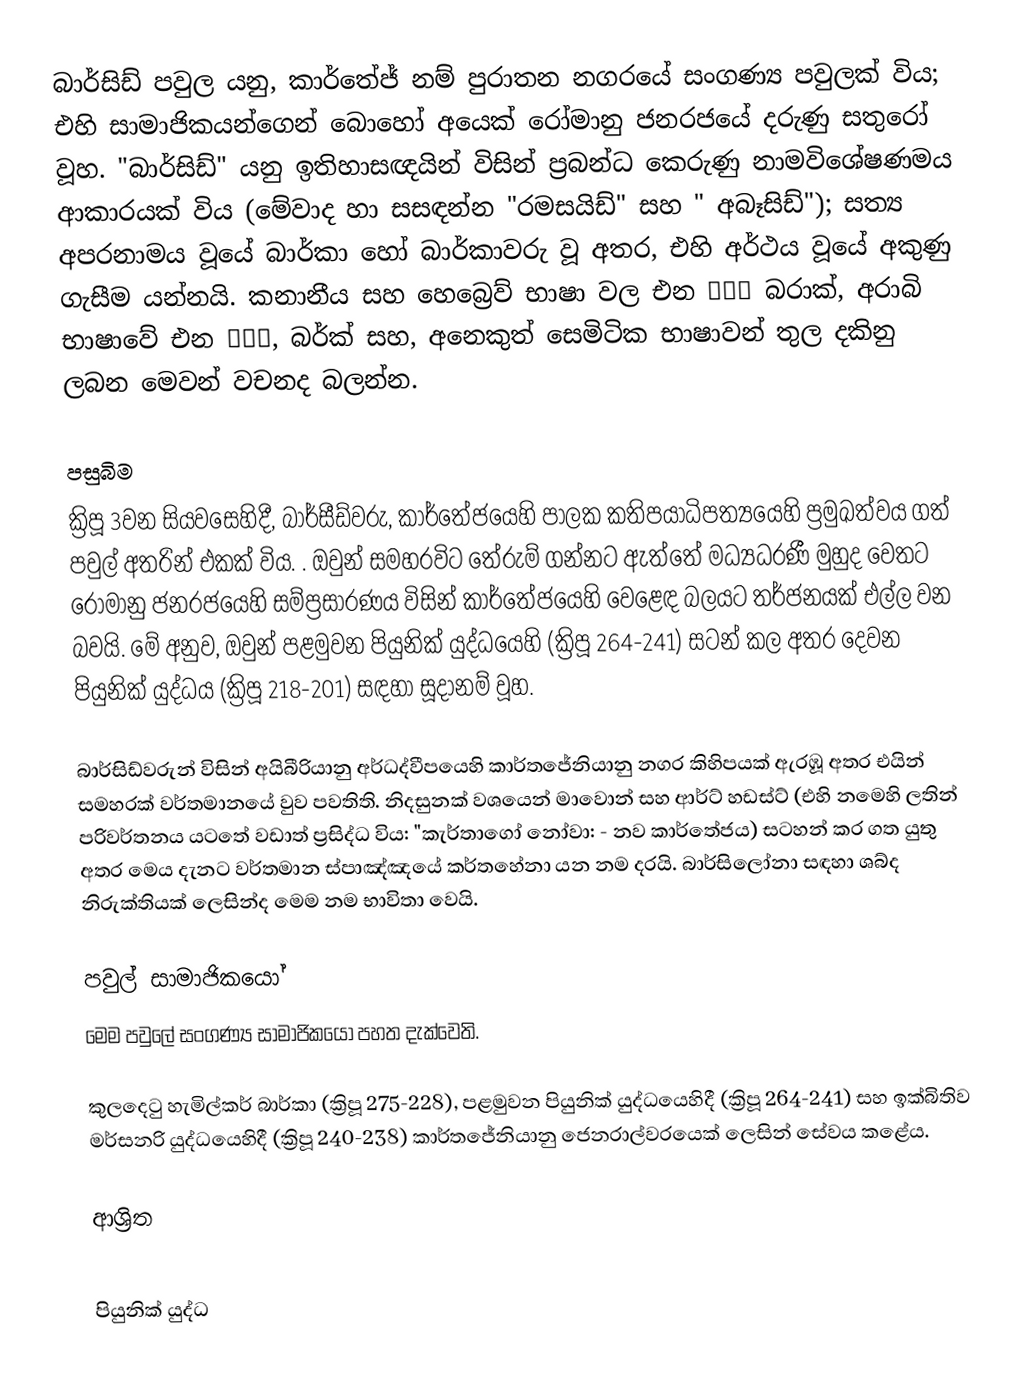
බාර්සිඩ් පවුල යනු, කාර්තේජ් නම් පුරාතන නගරයේ සංගණ්‍ය පවුලක් විය; එහි සාමාජිකයන්ගෙන් බොහෝ අයෙක් රෝමානු ජනරජයේ දරුණු සතුරෝ වූහ. "බාර්සිඩ්" යනු ඉතිහාසඥයින් විසින් ප්‍රබන්ධ කෙරුණු නාමවිශේෂණමය ආකාරයක් විය (මේවාද හා සසඳන්න "රමසයිඩ්" සහ " අබෑසිඩ්"); සත්‍ය  අපරනාමය වූයේ බාර්කා හෝ බාර්කාවරු වූ අතර, එහි අර්ථය වූයේ අකුණු ගැසීම යන්නයි. කනානීය සහ  හෙබ්‍රෙව් භාෂා වල එන ברק  බරාක්, අරාබි භාෂාවේ එන برق, බර්ක් සහ, අනෙකුත් සෙමිටික භාෂාවන් තුල දකිනු ලබන මෙවන් වචනද බලන්න.

පසුබිම
ක්‍රිපූ 3වන සියවසෙහිදී, බාර්සීඩ්වරු, කාර්තේජයෙහි පාලක  කතිපයාධිපත්‍යයෙහි ප්‍රමුඛත්වය ගත් පවුල් අතරින් එකක් විය. . ඔවුන් සමහරවිට තේරුම් ගන්නට ඇත්තේ  මධ්‍යධරණී මුහුද වෙතට රෝමානු ජනරජයෙහි සම්ප්‍රසාරණය විසින් කාර්තේජයෙහි වෙළෙඳ බලයට තර්ජනයක් එල්ල වන බවයි. මේ අනුව, ඔවුන්  පළමුවන පියුනික් යුද්ධයෙහි (ක්‍රිපූ 264-241) සටන් කල අතර දෙවන පියුනික් යුද්ධය (ක්‍රිපූ 218-201) සඳහා සූදානම් වූහ.

බාර්සිඩ්වරුන් විසින් අයිබීරියානු අර්ධද්වීපයෙහි කාර්තජේනියානු නගර කිහිපයක් ඇරඹූ අතර එයින් සමහරක් වර්තමානයේ වුව පවතිති. නිදසුනක් වශයෙන් මාවොන් සහ ආර්ට් හඩස්ට් (එහි නමෙහි ලතින් පරිවර්තනය යටතේ වඩාත් ප්‍රසිද්ධ විය: "කැර්තාගෝ නෝවා: - නව කාර්තේජය) සටහන් කර ගත යුතු අතර මෙය දැනට වර්තමාන ස්පාඤ්ඤයේ  කර්තහේනා යන නම දරයි. බාර්සිලෝනා සඳහා ශබ්ද නිරුක්තියක් ලෙසින්ද මෙම නම භාවිතා වෙයි.

පවුල් සාමාජිකයෝ
මෙම පවුලේ සංගණ්‍ය සාමාජිකයෝ පහත දැක්වෙති.

කුලදෙටු හැමිල්කර් බාර්කා (ක්‍රිපූ 275-228), පළමුවන පියුනික් යුද්ධයෙහිදී  (ක්‍රිපූ 264-241) සහ ඉක්බිතිව මර්සනරි යුද්ධයෙහිදී  (ක්‍රිපූ 240-238) කාර්තජේනියානු ජෙනරාල්වරයෙක් ලෙසින් සේවය කළේය.

ආශ්‍රිත

පියුනික් යුද්ධ